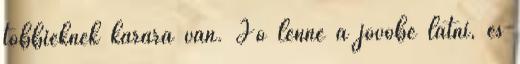
többieknek kárára van. Jó lenne a jövőbe látni, és